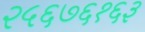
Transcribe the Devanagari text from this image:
२५६७६१६३